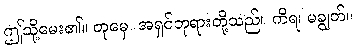
ဤသို့မေး၏။ တုမှေ၊ အရှင်ဘုရားတို့သည်။ ကိရ၊ မချွတ်။